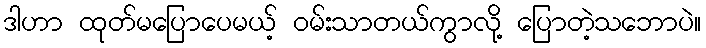
ဒါဟာ ထုတ်မပြောပေမယ့် ဝမ်းသာတယ်ကွာလို့ ပြောတဲ့သဘောပဲ။